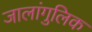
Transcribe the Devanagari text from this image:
जालांगुलिक